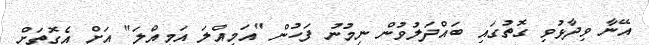
އޭނާ ވިދާޅުވި ގޮތުގައި ބައްދަލުވުން ނިމުނު ފަހުން "އަމިއްލަ އަމިއްލަ" އަށް އެގޮތަށް